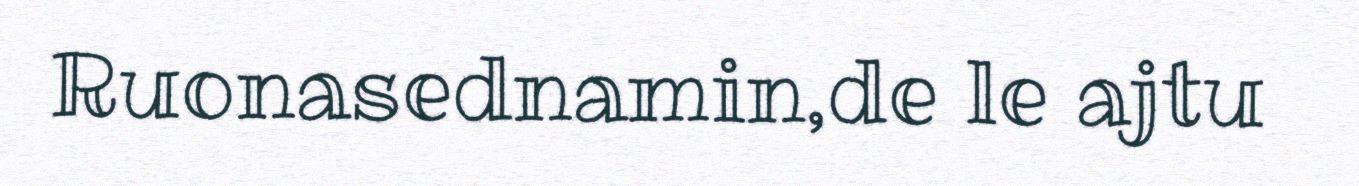
Ruonasednamin,de le ajtu